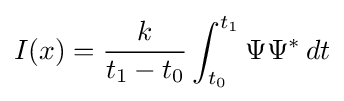
I(x)={\frac {k}{t_{1}-t_{0}}}\int _{t_{0}}^{t_{1}}\Psi \Psi ^{\mathrm {*} }\,dt